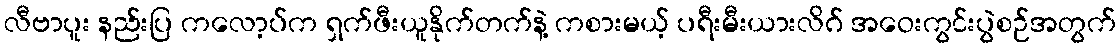
လီဗာပူး နည်းပြ ကလော့ပ်က ရှက်ဖီးယူနိုက်တက်နဲ့ ကစားမယ့် ပရီးမီးယားလိဂ် အဝေးကွင်းပွဲစဉ်အတွက်